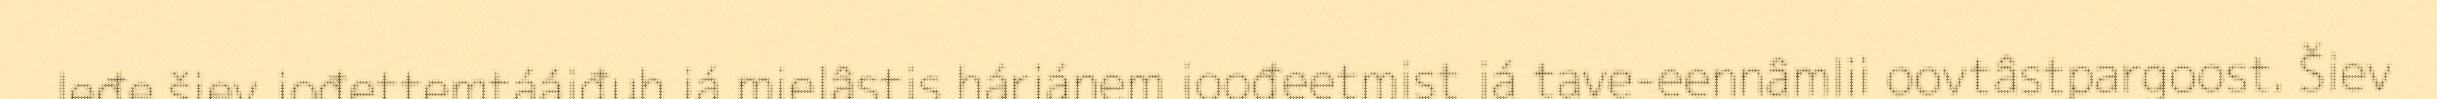
leđe šiev jođettemtááiđuh já mielâstis hárjánem joođeetmist já tave-eennâmlii oovtâstpargoost. Šiev